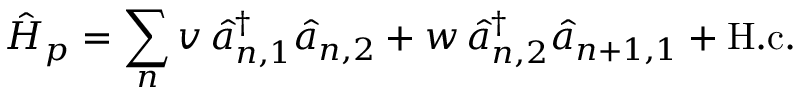
\hat { H } _ { p } = \sum _ { n } v \, \hat { a } _ { n , 1 } ^ { \dagger } \hat { a } _ { n , 2 } + w \, \hat { a } _ { n , 2 } ^ { \dagger } \hat { a } _ { n + 1 , 1 } + \mathrm { H . c . }